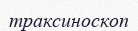
траксиноскоп